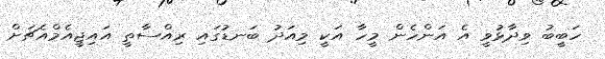
ހަބީބު ވިދާޅުވީ އެ އަންހެން މީހާ އަކީ މިއަދު ބަނޑުގައި ރިއްސާތީ އައިޖީއެމްއެޗަށް